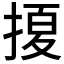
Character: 𱠖